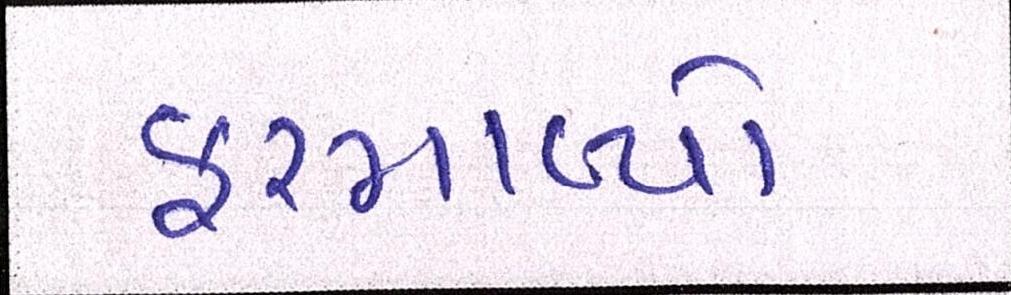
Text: ફરમાવ્યો